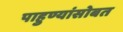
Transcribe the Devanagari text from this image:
पाहुण्यांसोबत